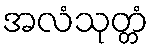
အလံသုတ္တံ